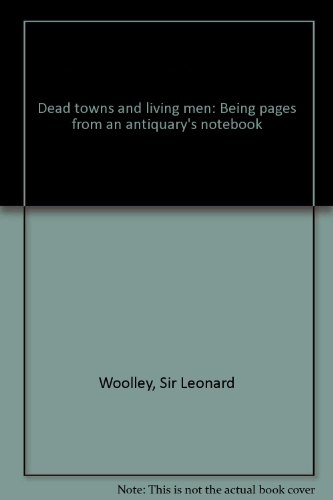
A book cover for Dead towns and living men: Being pages from an antiquary's notebook; Leonard Woolley; Religion & Spirituality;